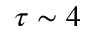
\tau \sim 4